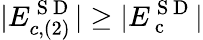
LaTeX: |E_{c,(2)}^{\mathrm{~S~D~}}|\geq|E_{\mathrm{~c~}}^{\mathrm{~S~D~}}|